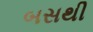
બસથી